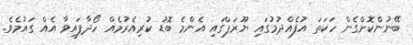
ބޭނުންކޮށްގެން ހަކަތަ އުފެއްދުމުގައި ޔޫރަޕްގައި އެންމެ ބޮޑު ކުރިއެރުމެއް ހޯދާފައިވާ އެއް ގައުމެވެ.